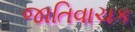
જાતિવાચક